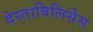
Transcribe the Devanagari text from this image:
देस्ताबिलिसेस